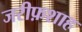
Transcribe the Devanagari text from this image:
जरीफ़शाह